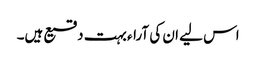
اس لیے ان کی آراء بہت دقیع ہیں۔